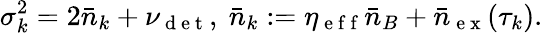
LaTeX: \sigma_{k}^{2}=2\bar{n}_{k}+\nu_{\mathrm{~d~e~t~}},~\bar{n}_{k}:=\eta_{\mathrm{~e~f~f~}}\bar{n}_{B}+\bar{n}_{\mathrm{~e~x~}}(\tau_{k}).